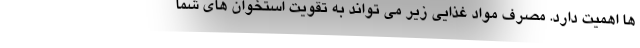
ها اهمیت دارد. مصرف مواد غذایی زیر می تواند به تقویت استخوان های شما